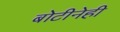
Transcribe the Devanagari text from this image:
बोटीनेही